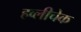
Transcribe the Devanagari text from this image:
हव्लीचेक